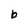
Character: b